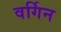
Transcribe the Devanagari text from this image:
वर्गिन